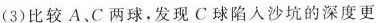
(3)比较A、C两球，发现C球陷入沙坑的深度更